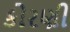
કોરણી